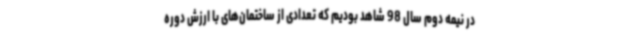
در نیمه دوم سال 98 شاهد بودیم که تعدادی از ساختمان‌های با ارزش دوره